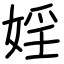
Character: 婬